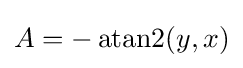
A=-\operatorname {atan2} (y,x)